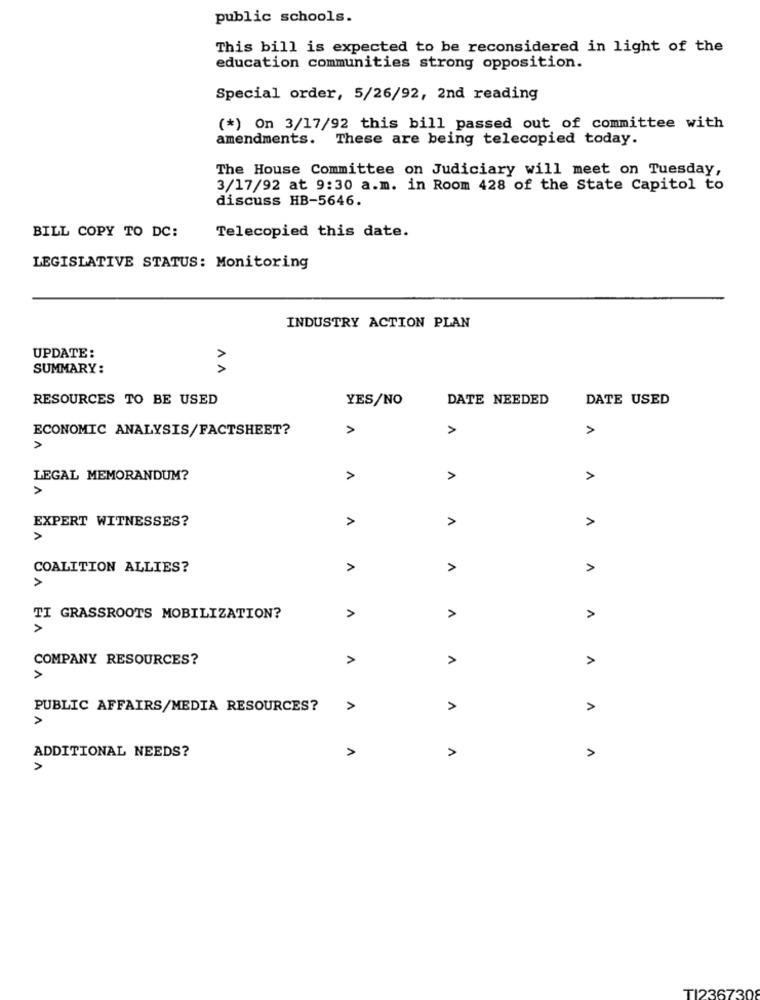
public schools.
This bill is expected to be reconsidered in light of the
education communities strong opposition.
Special order, 5/26/92, 2nd reading
(*) On 3/17/92 this bill passed out of committee with
amendments. These are being telecopied today.
The House Committee on Judiciary will meet on Tuesday,
3/17/92 at 9:30 a.m. in Room 428 of the State Capitol to
discuss HB-5646.
Telecopied this date.
BILL COPY TO DC:
LEGISLATIVE STATUS: Monitoring
INDUSTRY ACTION PLAN
UPDATE :
SUMMARY:
AA
RESOURCES TO BE USED
YES/NO
DATE NEEDED
DATE USED
ECONOMIC ANALYSIS/FACTSHEET?
>
>
A
LEGAL MEMORANDUM?
>
>
>
EXPERT WITNESSES?
>
>
A
COALITION ALLIES?
>
A
>
TI GRASSROOTS MOBILIZATION?
>
>
A
COMPANY RESOURCES?
>
>
>
A
PUBLIC AFFAIRS/MEDIA RESOURCES?
>
>
>
ADDITIONAL NEEDS?
>
1
TI236730